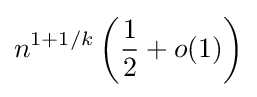
n^{1+1/k}\left({\frac {1}{2}}+o(1)\right)